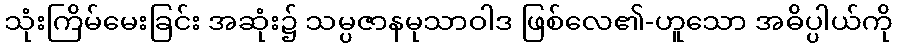
သုံးကြိမ်မေးခြင်း အဆုံး၌ သမ္ပဇာနမုသာဝါဒ ဖြစ်လေ၏-ဟူသော အဓိပ္ပါယ်ကို